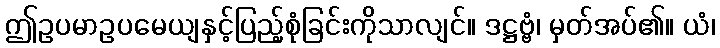
ဤဥပမာဥပမေယျနှင့်ပြည့်စုံခြင်းကိုသာလျင်။ ဒဋ္ဌဗ္ဗံ၊ မှတ်အပ်၏။ ယံ၊